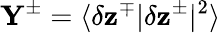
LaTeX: \mathbf{Y^{\pm}}=\langle\delta\mathbf{z}^{\mp}|\delta\mathbf{z}^{\pm}|^{2}\rangle